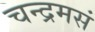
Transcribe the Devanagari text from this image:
चन्द्रमसं